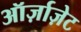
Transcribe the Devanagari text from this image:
ऑर्ज़ाज़ेट